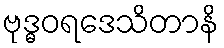
ဗုဒ္ဓဝရဒေသိတာနိ